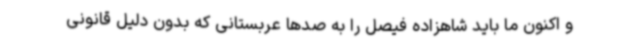
و اکنون ما باید شاهزاده فیصل را به صدها عربستانی که بدون دلیل قانونی